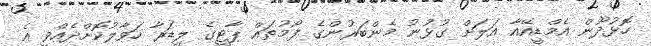
ހޮޅުދޫން އެމްޑީއޭއާ އަލަށް ގުޅުނު މެންބަރުންގެ ފޯމުތައް ޕާޓީގެ ލީޑަރާ ހަވާލުކޮށްދެއްވީ އެ